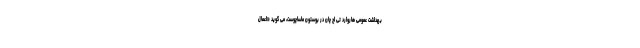
بهداشت عمومی هاروارد تی اچ چان در بوستون ماساچوست، می گوید «اعمال